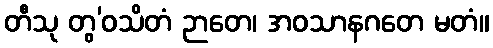
တီသု တွ’ဝသိတံ ဉာတေ၊ အဝသာနဂတေ မတံ။